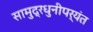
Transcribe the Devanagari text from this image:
सामुद्रधुनीपर्यंत